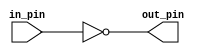
module blockEd ( in_pin, out_pin );
	input in_pin;
	output out_pin;
	
	assign out_pin = ~in_pin;

endmodule